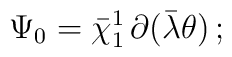
\Psi_0 = \bar\chi_1^1 \, \partial(\bar\lambda \theta) \,;